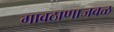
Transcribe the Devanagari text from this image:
गावठाणाजवळ